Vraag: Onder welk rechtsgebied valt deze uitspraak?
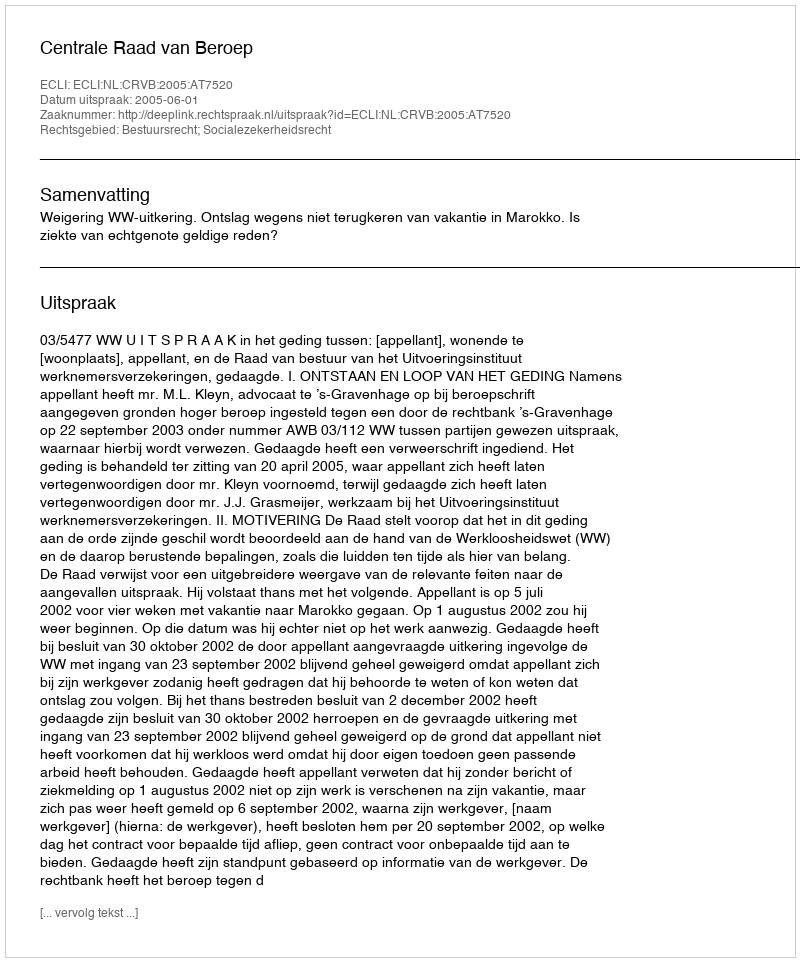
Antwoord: Bestuursrecht; Socialezekerheidsrecht